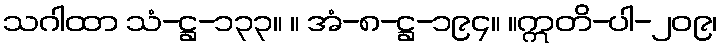
သဂါထာ သံ-ဋ္ဌ-၁၃၃။ ။ အံ-၈-ဋ္ဌ-၁၉၄။ ။ဣတိ-ပါ-၂၀၉၊